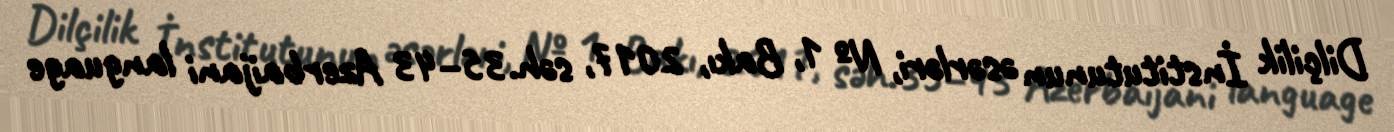
Dilçilik İnstitutunun əsərləri, № 1, Bakı, 2017, səh.35–43 Azerbaijani language